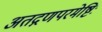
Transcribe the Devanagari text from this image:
अतद्गणपरमेष्टिः